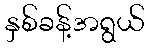
နှစ်ခန့်အရွယ်